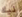
نيك